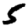
Digit: 5